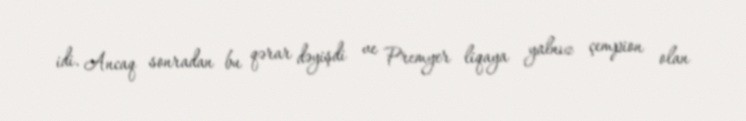
idi. Ancaq sonradan bu qərar dəyişdi ve Premyer liqaya yalnız çempion olan